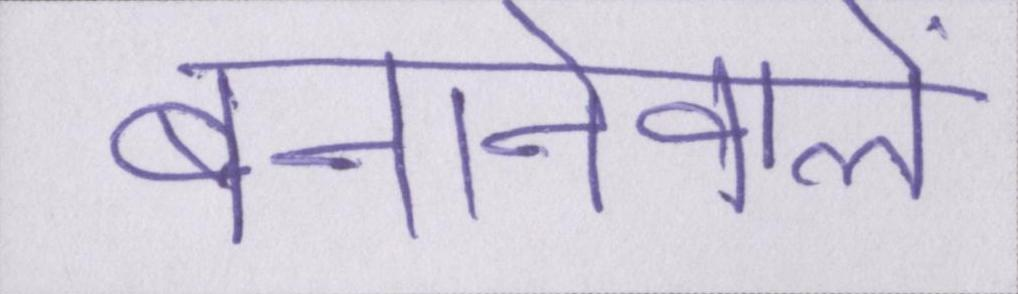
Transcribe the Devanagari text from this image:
बनानेवाले